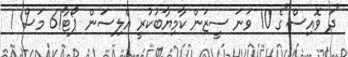
"ދަ ވޮއިސް"ގެ 10 ވަނަ ސީޒަން ކާމިޔާބުކުރީ އެލިސަން ޕޯޓާ!6 މަސް 1